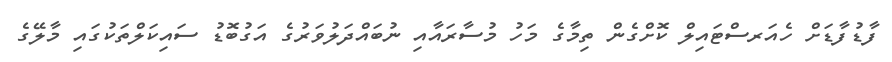
ފާޑުފާޑަށް ހެއަރސްޓައިލް ކޮށްގެން ތިމާގެ މަހު މުސާރައާއި ނުބައްދަލުވަރުގެ އަގުބޮޑު ސައިކަލްތަކުގައި މާލޭގެ